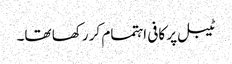
ٹیبل پر کافی اہتمام کر رکھا تھا۔